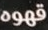
قهوه